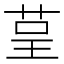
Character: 𮎺